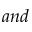
a n d